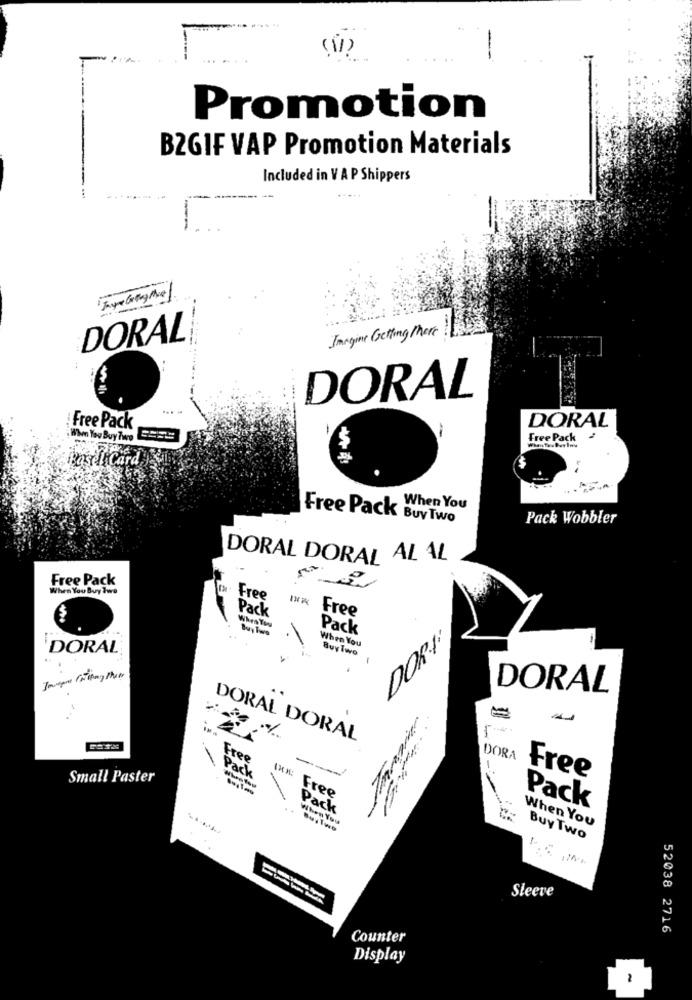
Promotion
B2GIF VAP Promotion Materials
Included in V A P Shippers
-
DORAL
Imagine Getting there
DORAL
DORAL
: Free Pack
$
Free Pack
sel Card
When You
Free Pack Buy Two
Pack Wobbler
DORAL DORAL AL AL
Free Pack
When You Buy Two
Free
Pack
Free
When You
Buy Turo
Pack
When You
DOR·
DORAL
Buy Two
DORAL
DORAL DORAL
Free
DORA
Small Paster
Pack
Free
Free
Pack
Pack
Then You
When You
we
Buy Two
Sleeve
52038 2716
Counter
Display